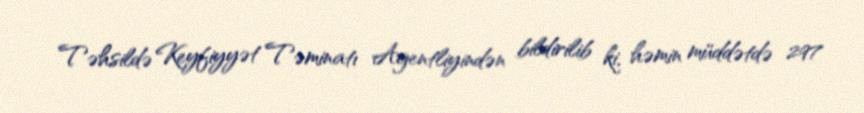
Təhsildə Keyfiyyət Təminatı Agentliyindən bildirilib ki, həmin müddətdə 297